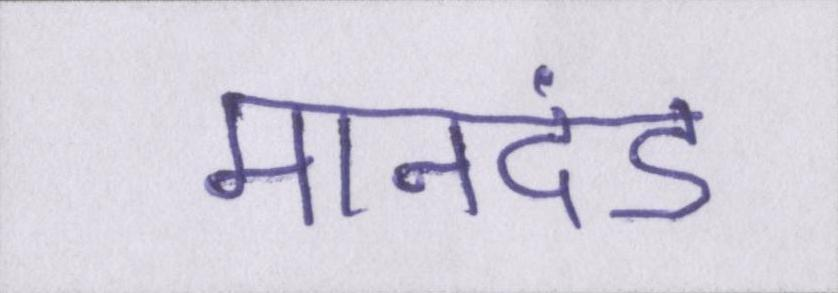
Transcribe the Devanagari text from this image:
मानदंड